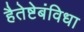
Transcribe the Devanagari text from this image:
हैतेष्टेबंविधा